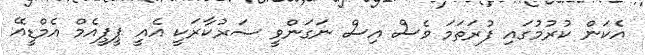
އެކަން ކުރުމުގައި ފުރަތަމަ ވެސް އިސް ނަގަންވީ ސަރުކާރަކީ އެއީ ޕީޕީއެމް އެމްޑީއޭ